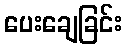
ပေးချေခြင်း